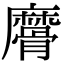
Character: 䯢